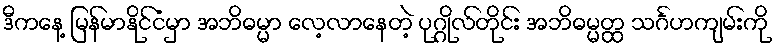
ဒီကနေ့ မြန်မာနိုင်ငံမှာ အဘိဓမ္မာ လေ့လာနေတဲ့ ပုဂ္ဂိုလ်တိုင်း အဘိဓမ္မတ္ထ သင်္ဂဟကျမ်းကို